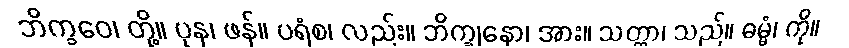
ဘိက္ခဝေ၊ တို့။ ပုန၊ ဖန်။ ပရံစ၊ လည်း။ ဘိက္ခုနော၊ အား။ သတ္ထာ၊ သည်။ ဓမ္မံ၊ ကို။